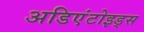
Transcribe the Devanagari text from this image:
अडिएंटोइड्स